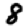
Digit: 8